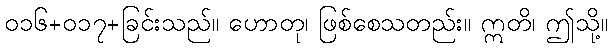
၀၁၆+၀၁၇+ခြင်းသည်။ ဟောတု၊ ဖြစ်စေသတည်း။ ဣတိ၊ ဤသို့။